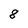
Character: 8